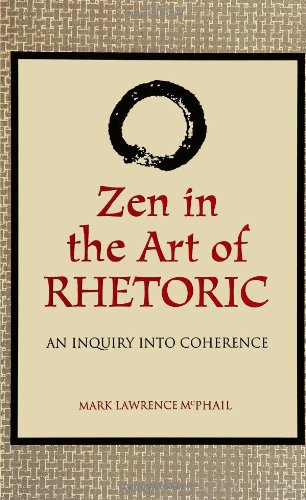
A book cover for Zen in the Art of Rhetoric: An Inquiry into Coherence (S U N Y Series in Speech Communication) (Suny Series, Speech Communication); Mark Lawrence McPhail; Literature & Fiction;